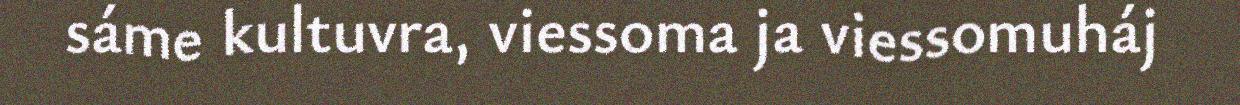
sáme kultuvra, viessoma ja viessomuháj